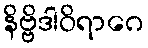
နိဗ္ဗိဒါဝိရာဂေ